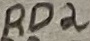
Text: RD2